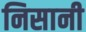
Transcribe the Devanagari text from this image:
निसानी